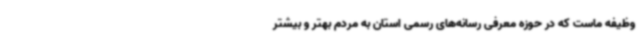
وظیفه ماست که در حوزه معرفی رسانه‌های رسمی استان به مردم بهتر و بیشتر